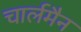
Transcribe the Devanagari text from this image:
चार्लमैन